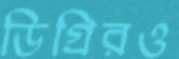
ডিগ্রিরও